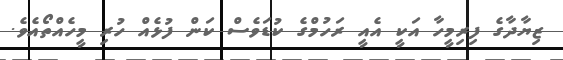
ޒިޔާދާގެ ފިރިމީހާ އަކީ އެއީ ރަހުމްގެ ކުޑަވެސް ކަން ފުޅެއް ހުރި މީހެއްތޯއެވެ.